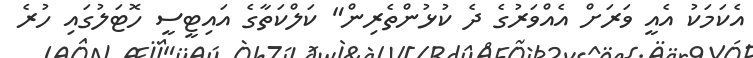
އެކަމަކު އެއީ ވަރަށް އެއްވަރުގެ ދެ ކުޅުންތެރިން" ކަލްކަތާގެ އައިޓީސީ ހޮޓަލުގައި ހުރެ